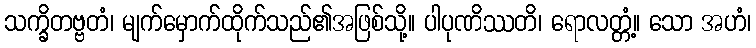
သက္ခိတဗ္ဗတံ၊ မျက်မှောက်ထိုက်သည်၏အဖြစ်သို့။ ပါပုဏိဿတိ၊ ရောလတ္တံ့။ သော အဟံ၊